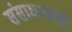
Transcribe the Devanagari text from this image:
संसाधनमंत्री